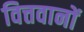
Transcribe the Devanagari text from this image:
वित्तवानों